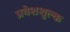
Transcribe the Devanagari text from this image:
प्रवेशशुल्क